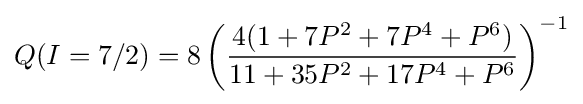
Q(I=7/2)=8\left({\frac {4(1+7P^{2}+7P^{4}+P^{6})}{11+35P^{2}+17P^{4}+P^{6}}}\right)^{-1}